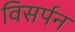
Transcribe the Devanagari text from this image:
विसर्पन